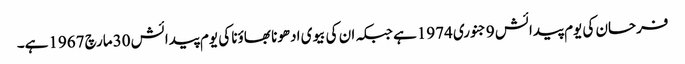
فرحان کی یوم پیدائش 9جنوری 1974ہے جبکہ ان کی بیوی ادھونا بھاؤنا کی یوم پیدائش 30مارچ 1967ہے۔